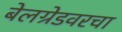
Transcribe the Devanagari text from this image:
बेलग्रेडवरचा